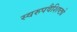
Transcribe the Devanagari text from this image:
स्वरुपवैशिष्ट्ये